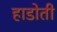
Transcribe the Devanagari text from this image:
हाडोती